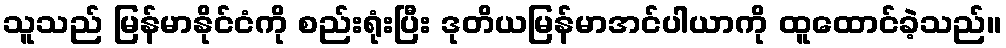
သူသည် မြန်မာနိုင်ငံကို စည်းရုံးပြီး ဒုတိယမြန်မာအင်ပါယာကို ထူထောင်ခဲ့သည်။